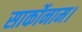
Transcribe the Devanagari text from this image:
सार्कोनाम।